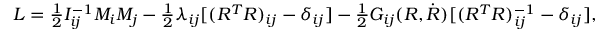
\begin{array} { r } { L = \frac 1 2 I _ { i j } ^ { - 1 } M _ { i } M _ { j } - \frac 1 2 \lambda _ { i j } [ ( R ^ { T } R ) _ { i j } - \delta _ { i j } ] - \frac 1 2 G _ { i j } ( R , \dot { R } ) [ ( R ^ { T } R ) _ { i j } ^ { - 1 } - \delta _ { i j } ] , } \end{array}